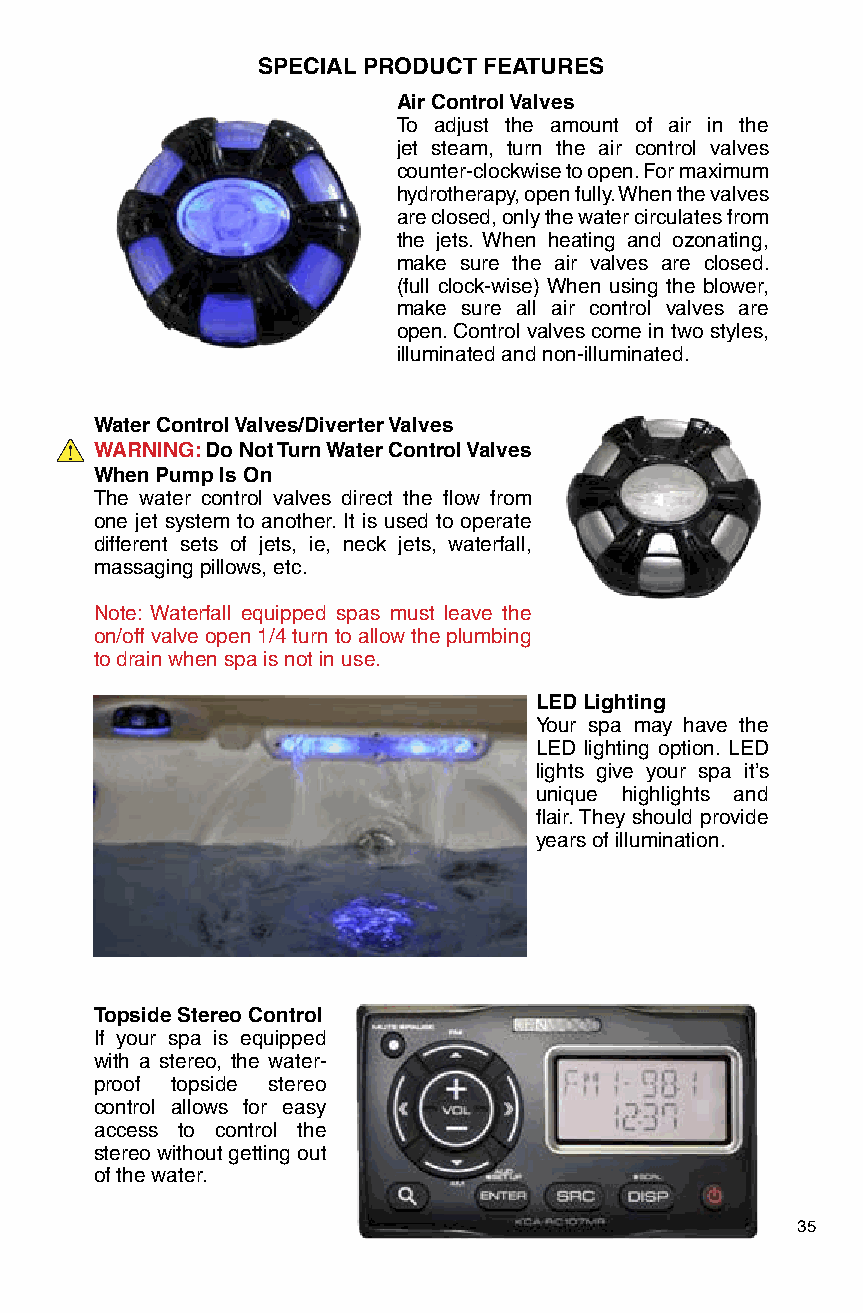
SPECIAL PRODUCT FEATURES
 Air Control Valves
 To adjust the amount of air in the
 jet steam, turn the air control valves
 counter-clockwise to open. For maximum
 hydrotherapy, open fully. When the valves
 are closed, only the water circulates from
 the jets. When heating and ozonating,
 make sure the air valves are closed.
 (full clock-wise) When using the blower,
 make sure all air control valves are
 open. Control valves come in two styles,
 illuminated and non-illuminated.
 Water Control Valves/Diverter Valves
 WARNING: Do Not Turn Water Control Valves
 When Pump Is On
 The water control valves direct the flow from
 one jet system to another. It is used to operate
 different sets of jets, ie, neck jets, waterfall,
 massaging pillows, etc.
 Note: Waterfall equipped spas must leave the
 on/off valve open 1/4 turn to allow the plumbing
 to drain when spa is not in use.
 LED Lighting
 Your spa may have the
 LED lighting option. LED
 lights give your spa it’s
 unique highlights and
 flair. They should provide
 years of illumination.
 Topside Stereo Control
 If your spa is equipped
 with a stereo, the water-
 proof topside stereo
 control allows for easy
 access to control the
 stereo without getting out
 of the water.
 35